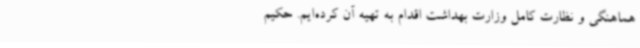
هماهنگی و نظارت کامل وزارت بهداشت اقدام به تهیه آن کرده‌ایم. حکیم